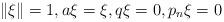
LaTeX: \begin{align*}\|\xi\|=1,a\xi=\xi,q\xi=0, p_n \xi=0 \end{align*}